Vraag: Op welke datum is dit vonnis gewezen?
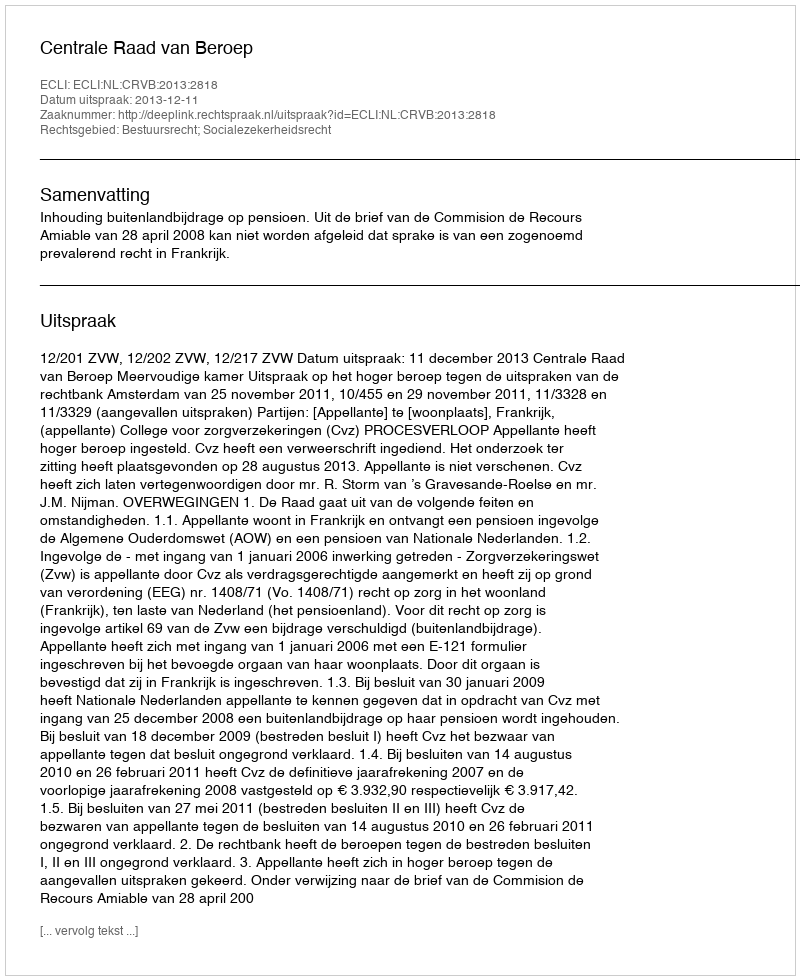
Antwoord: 2013-12-11